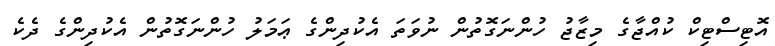
އޮޓިސްޓިކް ކުއްޖާގެ މިޒާޖު ހުންނަގޮތުން ނުވަތަ އެކުދިންގެ ޢަމަލު ހުންނަގޮތުން އެކުދިންގެ ދެކެ